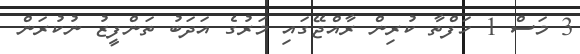
3 މަސް 1 ހަފްތާ ކުރިން ރާއްޖޭގައި މަރުގެ އަދަބު ތަންފީޒު ނުކުރަން